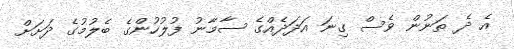
އެ ދެ ތަނުން ވެސް ގިނަ އަދަދެއްގެ ސާމާނު ފުލުހުންގެ ބެލުމުގެ ދަށަށް